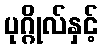
ပုဂ္ဂိုလ်နှင့်